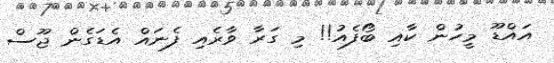
އައްޑޫ މީހުން ކާއި ބޯފެއު!! މި ގަރާ ވާރެއި ފެނައް އެޑަގެން ޖޫސް